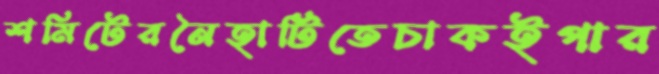
শমিটেরনৈহাটিতেচাকইপার